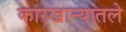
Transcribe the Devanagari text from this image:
कारखान्यातले